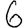
Digit: 6